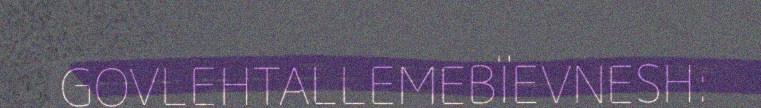
GOVLEHTALLEMEBÏEVNESH: